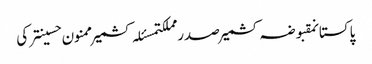
پاکستانمقبوضہ کشمیرصدر مملکتمسئلہ کشمیرممنون حسینترکی